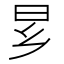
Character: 𬁠